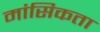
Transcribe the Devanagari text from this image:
मांसिकता